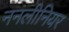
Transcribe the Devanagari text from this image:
ननलीनियर